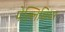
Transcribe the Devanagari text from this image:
पेल्लिसियर